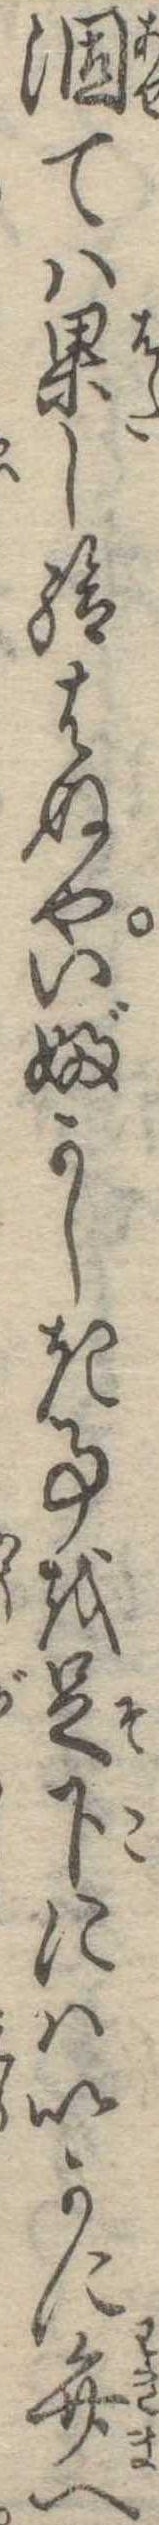
涸ては果し給はぬやいぶかしき事を足下にはいかに弁へ